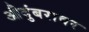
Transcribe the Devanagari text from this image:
औदुंबरावर